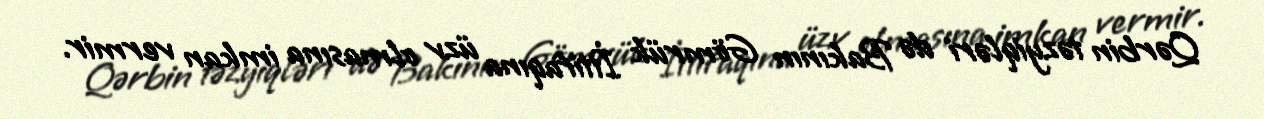
Qərbin təzyiqləri də Bakının Gömrük İttifaqına üzv olmasına imkan vermir.